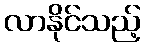
လာနိုင်သည့်